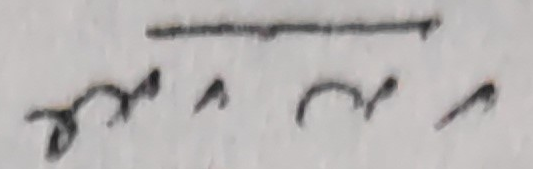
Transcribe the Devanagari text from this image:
मं रु ।